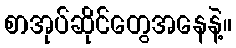
စာအုပ်ဆိုင်တွေအနေနဲ့။